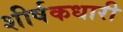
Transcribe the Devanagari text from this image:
शीर्षकधारी